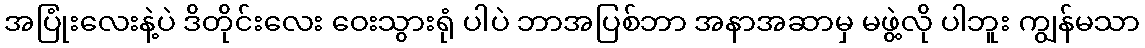
အပြုံးလေးနဲ့ပဲ ဒိတိုင်းလေး ဝေးသွားရုံ ပါပဲ ဘာအပြစ်ဘာ အနာအဆာမှ မဖွဲ့လို ပါဘူး ကျွန်မသာ